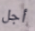
أجل